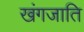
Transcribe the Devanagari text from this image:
खंगजाति